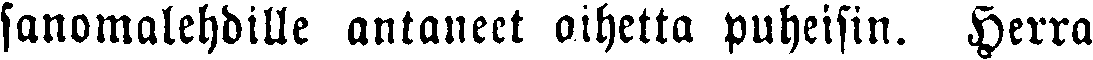
sanomalehdille antaneet aihetta puheisin. Herra